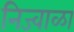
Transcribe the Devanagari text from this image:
निज्वाळा